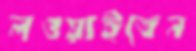
লওয়াইতেন